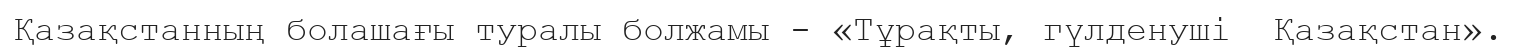
Қазақстанның болашағы туралы болжамы - «Тұрақты, гүлденуші  Қазақстан».